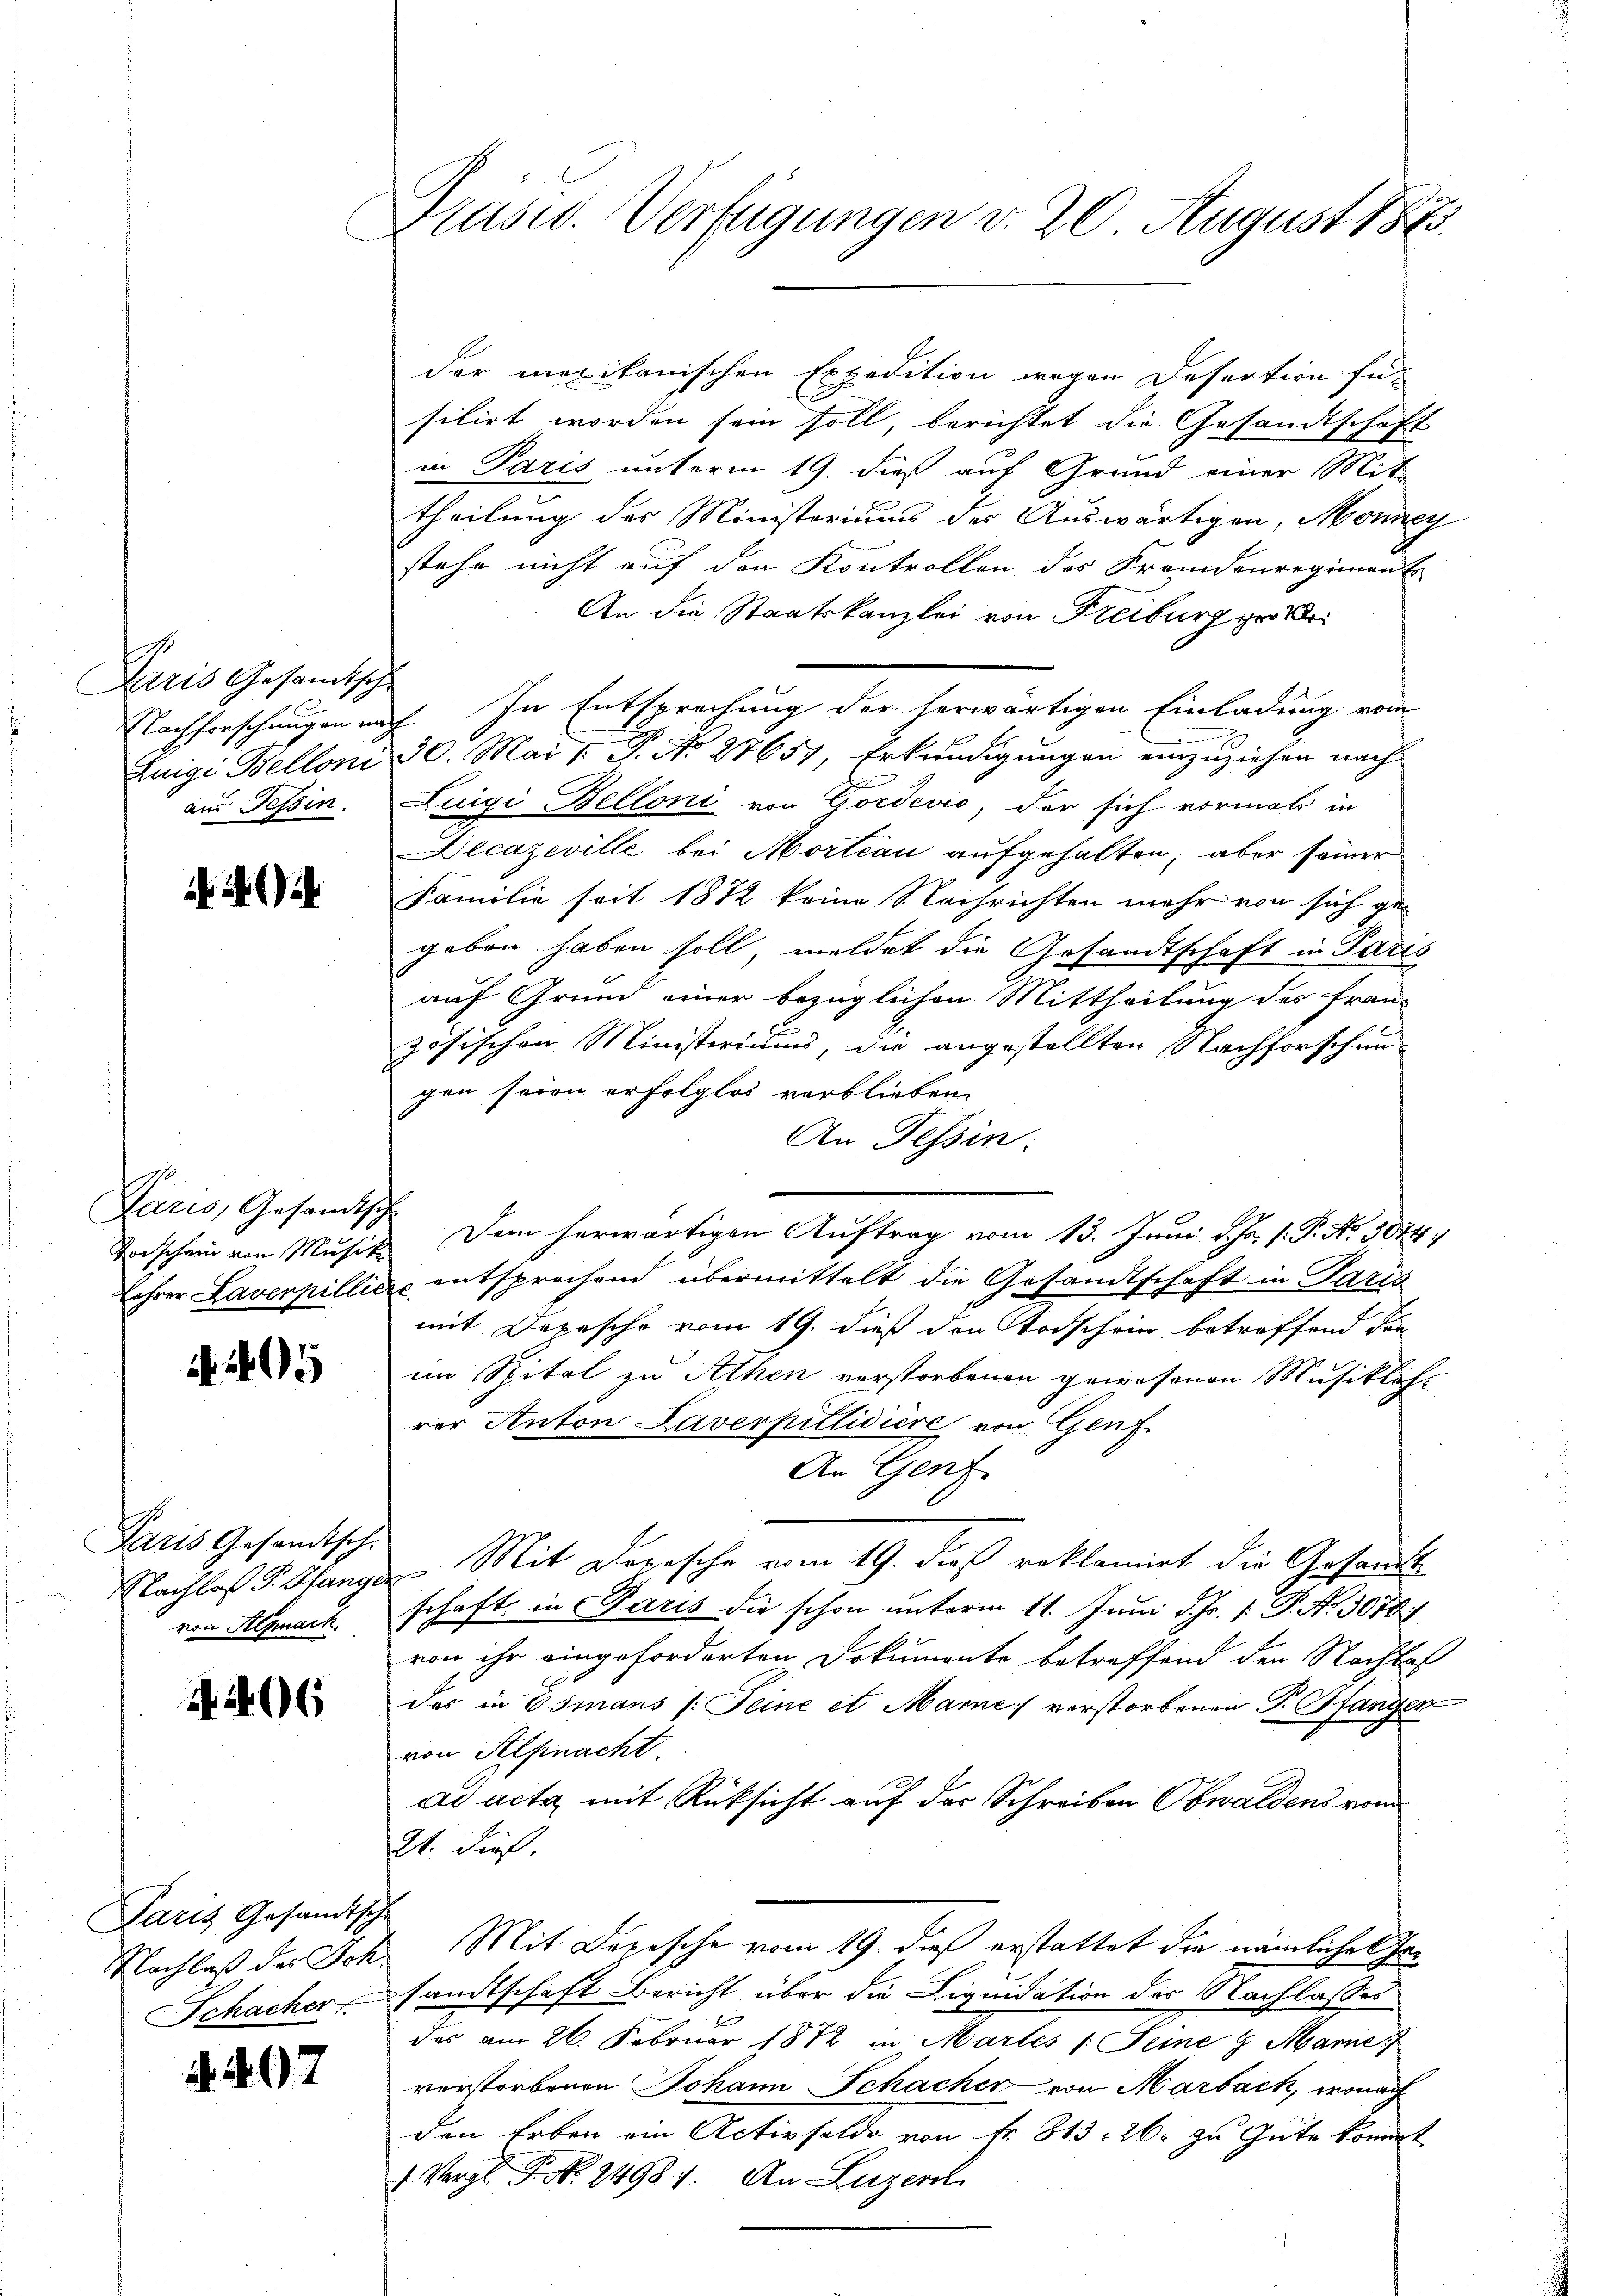
Paris Gesandtsche

Paris, Gesandtsche

N 495

Paris Gesandtsch
Nachlaß P. Stang.
von Alpnach.

96

Paris Gesandtsche
Nachlaß der Sch.
Schacher

97

Präsid. Verfügungen d. 20 August 1873.

der mexikanischen Expedition wegen Desertion fü
silirt worden sein soll, berichtet die Gesandtschaft
in Paris unterm 19. dieß auf Grund einer Mit-
theilung der Ministoriums der Auswärtigen, Monney
stehe nicht auf den Kontrollen des Fremdenregiment
An die Staatskanzlei von Freiburg groß
Luigi Belloni 30. Mai v. P. No 27657, Erkundigungen einzuziehen nach
aus Tessin. Luigi Belloni von Gordević, der sich vormals in
Decazeville bei Mortian aufgehalten, aber seiner
Familie seit 1882 keine Nachrichten mehr von sich ge-
geben haben soll, meldet die Gesandtschaft in Paris
auf Grund einer bezüglichen Mittheilung des Französischen Ministeriums, die angestellten Nachforschun-
gen seien erfolglos verblieben.
An Tessin.
Unschein von Musik. Dem herwärtigen Auftrag vom 13. Juni d. Js. f. P. Nr. 3074.
Lehrer Laverpilliere entsprochend übermittelt die Gesandtschaft in Paris
mit Depesche vom 19. dieß den Todschein betreffend der
im Spital zu Athen verstorbenen gewesenen Musikleh-
rer Anton Laverpillidiere von Genf
An Genf.
d Mit Depesche vom 19. dieß reklamiet die Gesandt
schaft in Paris die schon unterm 11. Juni d. Js. p. P. Nr. 3078/
von ihr eingeforderten Dokumente betreffend den Nachlaf
das in Osmans (: Seine et Marne verstorbenen P. Pfangen
von Selpnacht.
ad acta mit Rüksicht auf der Schreiben Obwaldens vom
21. dieß.
Mit Dorische vom 19. dieß erstattet die nämliches Gesamtschaft Bericht über die Liquidation der Nachlasses
des am 26. Februar 1872 in Martes /: Seine & Manne
verstorbenen Johann Schacher von Marbach, wonach
den Erben ein Activsaldo von Nr. 813. 26. zu Gute kommt
1 Vergl. P. Nr. 24987. An Luzer

Nachforschungen nach In Entsprechung der herwärtigen Einladung vom